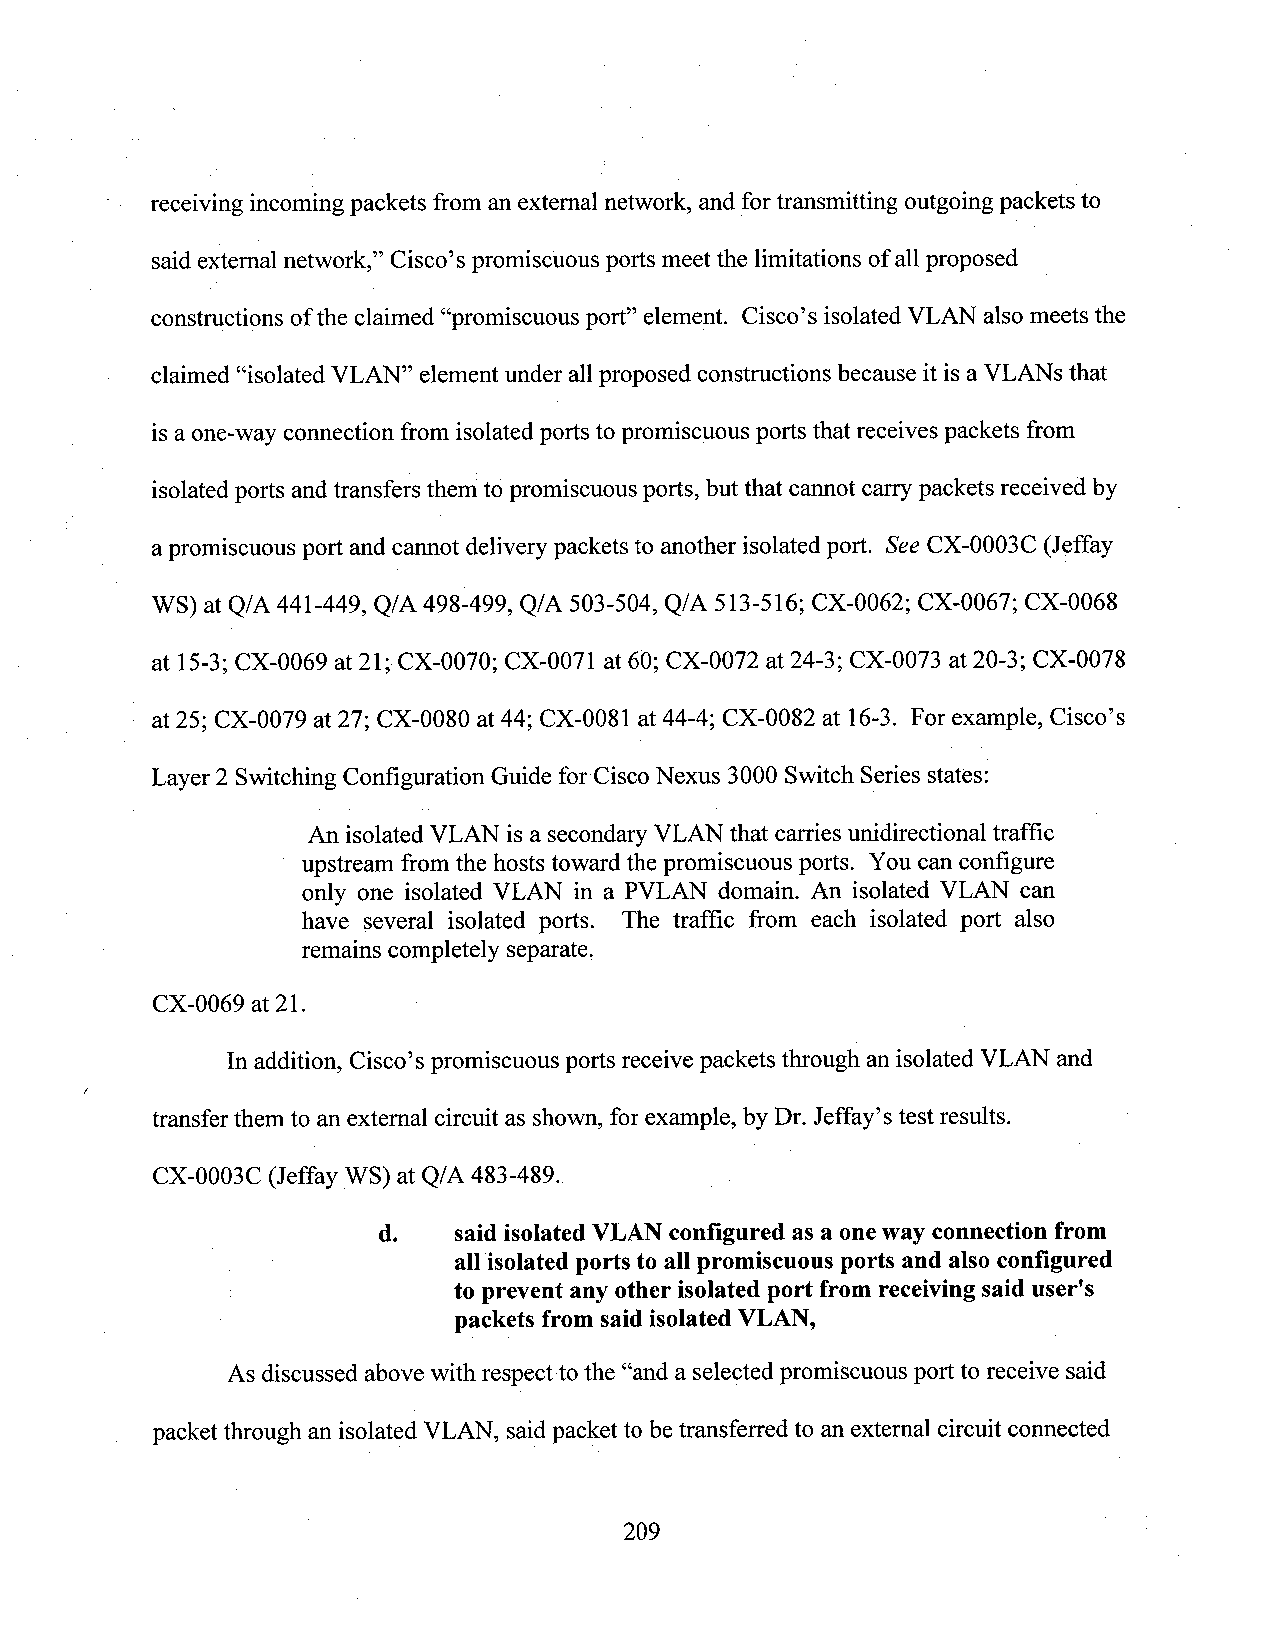
receiving incoming packets from an external network, and fortransmitting outgoing packets to
 said externalnetwork,” Cisco’s promiscuous ports meet the limitations ofallproposed
 constructions of the claimed “promiscuous port” element. Cisco’s isolatedVLAN also meets the
 claimed “isolated VLAN” element under allproposed constructions because it is aVLANs that
 is aone-way connection from isolated ports to promiscuous pOI‘tSthat receives packets from
 isolatedports andtransfers them topromiscuous ports, but that cannot carrypackets received by
 apromiscuous port and cannot delivery packets to another isolated port. See CX-0003C (Jeffay
 WS) atQ/A 441-449, Q/A 498-499, Q/A 503-504, Q/A 513-516; CX-0062; CX-0067; CX-0068
 at 15-3; CX-0069 at 21;-CX-0070; CX-0071 at 60; CX-0072 at 24-3; CX-0073 at 20-3; CX-0078
 at25; CX-0079 at 27; CX-0080 at 44; CX-0081 at 44-4; CX-0082 at 16-3. For example, Cisco’s
 Layer 2 Switching Configuration Guide for CiscoNexus 3000 Switch Seriesstates:
 An isolated VLAN is a secondaryVLAN that carries unidirectional traffic
 upstream from the hosts towardthe promiscuous ports. You can configure
 only one isolated VLAN in a PVLAN domain. An isolated VLAN can
 have several isolated ports. The traffic from each isolated port also
 remains completely separate.
 CX-0069 at21.
 Inaddition, Cisco’s promiscuous ports receive packets through anisolated VLAN and
 transfer them to an external circuit as shown, for example, by Dr. Jeffay’s test results.
 CX-0003C (Jeffay WS) at Q/A 483-489.  .
 d.   said isolated VLANconfigured as a oneway connection from
 all isolated ports to all promiscuous ports and alsoconfigured
 to prevent any other isolated port from receivingsaid user's
 packets from said isolated VLAN,
 As discussed above with respect tothe “and a selected promiscuous port to receive said
 packetthrough an isolated VLAN, saidpacket to betransferred to anexternal circuit connected
 209